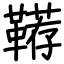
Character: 鞯